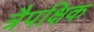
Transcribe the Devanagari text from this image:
त्रैपक्षिक